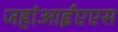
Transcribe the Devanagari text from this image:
जहांआईएएस